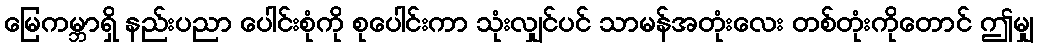
မြေကမ္ဘာရှိ နည်းပညာ ပေါင်းစုံကို စုပေါင်းကာ သုံးလျှင်ပင် သာမန်အတုံးလေး တစ်တုံးကိုတောင် ဤမျှ